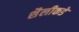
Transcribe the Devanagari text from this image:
शैलीकडे